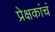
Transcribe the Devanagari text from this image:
प्रेक्षकांचं